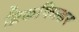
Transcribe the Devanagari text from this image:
ब्रिकफिल्डर